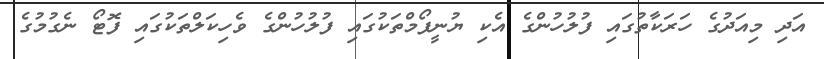
އަދި މިއަދުގެ ހަރަކާތުގައި ފުލުހުންގެ އެކި ޔުނީފޯމްތަކުގައި ފުލުހުންގެ ވެހިކަލްތަކުގައި ފޮޓޯ ނެގުމުގެ